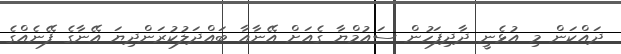
ދައްކަން މި އުޅެނީ ދާދިފަހުން ސައުމްޔާ ގެއަށް އޭނާއާ ބައްދަލުކުރަންދިޔަ އޭނާގެ ފޭނެެއްގެ